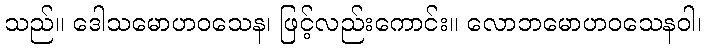
သည်။ ဒေါသမောဟဝသေန၊ ဖြင့်လည်းကောင်း။ လောဘမောဟဝသေနဝါ၊